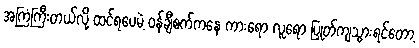
အကြံကြီးတယ်လို့ ထင်ရပေမဲ့ ၀န်ချီစက်ကနေ ကားရော လူရော ပြုတ်ကျသွားရင်တော့